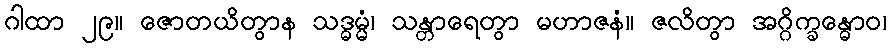
ဂါထာ ၂၉။ ဇောတယိတွာန သဒ္ဓမ္မံ၊ သန္တာရေတွာ မဟာဇနံ။ ဇလိတွာ အဂ္ဂိက္ခန္ဓောဝ၊